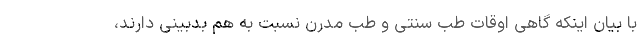
با بیان اینکه گاهی اوقات طب سنتی و طب مدرن نسبت به هم بدبینی دارند،